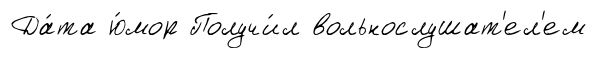
Да́та ю́мор Получи́л вольнослушат'ел'ем